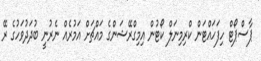
ޕާސްޕޯޓް ހިފަހައްޓަން ކްރިމިނަލް ކޯޓުން އިމިގްރޭޝަންގެ މައްޗަށް އަމުރެއް ނެރުނީ ބުދަދުވަހުގެ ރޭ